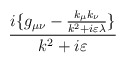
\begin{align*}\frac{i\{g_{\mu \nu }-\frac{k_{\mu }k_{\nu }}{k^{2}+i\varepsilon \lambda }\}}{k^{2}+i\varepsilon }\end{align*}